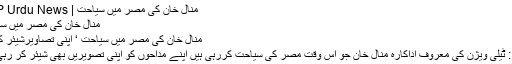
منال خان کی مصر میں سیاحت | PNP Urdu News
منال خان کی مصر میں سیاحت
منال خان کی مصر میں سیاحت ‘ اپنی تصاویرشیئر کردیں
قاہرہ : ٹیلی ویژن کی معروف اداکارہ منال خان جو اس وقت مصر کی سیاحت کررہی ہیں اپنے مداحوں کو اپنی تصویریں بھی شیئر کر رہی ہیں۔